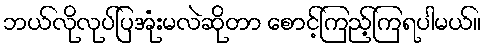
ဘယ်လိုလုပ်ပြအုံးမလဲဆိုတာ စောင့်ကြည့်ကြရပါမယ်။